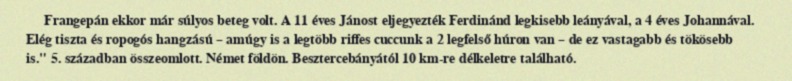
Frangepán ekkor már súlyos beteg volt. A 11 éves Jánost eljegyezték Ferdinánd legkisebb leányával, a 4 éves Johannával. Elég tiszta és ropogós hangzású – amúgy is a legtöbb riffes cuccunk a 2 legfelső húron van – de ez vastagabb és tökösebb is." 5. században összeomlott. Német földön. Besztercebányától 10 km-re délkeletre található.